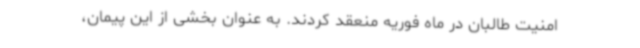
امنیت طالبان در ماه فوریه منعقد کردند. به عنوان بخشی از این پیمان،